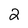
Character: 2